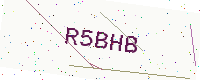
Text: R5BHB